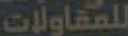
للمقاولات